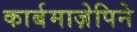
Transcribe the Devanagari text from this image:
कार्बमाज़ेपिने